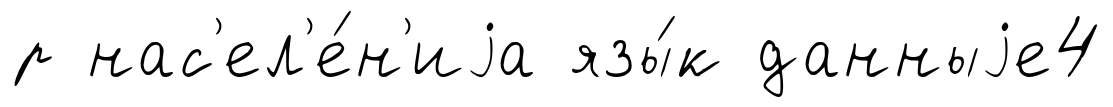
р нас'ел'е́н'иjа язы́к данныjе4